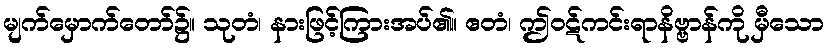
မျက်မှောက်တော်၌။ သုတံ၊ နားဖြင့်ကြားအပ်၏။ ဧတံ၊ ဤဝဋ်ကင်းရာနိဗ္ဗာန်ကို မှီသော